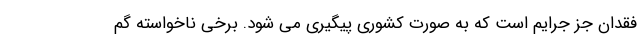
فقدان جز جرایم است که به صورت کشوری پیگیری می شود. برخی ناخواسته گم‌